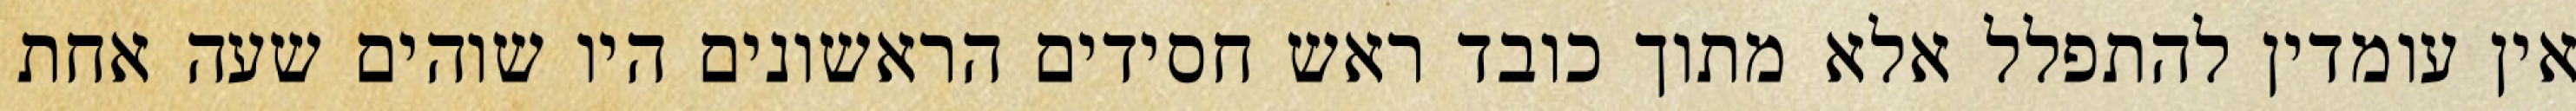
אין עומדין להתפלל אלא מתוך כובד ראש חסידים הראשונים היו שוהים שעה אחת